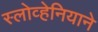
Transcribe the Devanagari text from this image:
स्लोव्हेनियाने